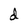
Character: d